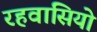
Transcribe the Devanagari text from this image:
रहवासियो